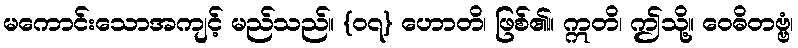
မကောင်းသောအကျင့် မည်သည်။ {၀၇} ဟောတိ၊ ဖြစ်၏။ ဣတိ၊ ဤသို့။ ဝေဓိတဗ္ဗံ၊